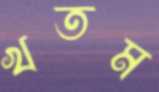
খতম